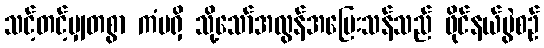
သင့်တင့်မျှတစွာ ကံမရှိ သို့သော်အလွန်အပြေးသန်သည် ဖိုင်နယ်ပွဲစဉ်